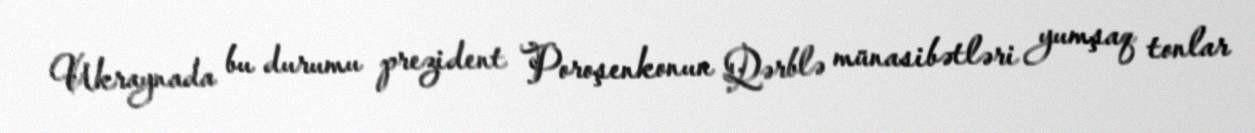
Ukraynada bu durumu prezident Poroşenkonun Qərblə münasibətləri yumşaq tonlar